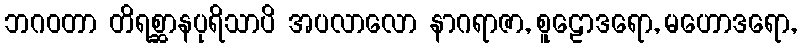
ဘဂဝတာ တိရစ္ဆာနပုရိသာပိ အပလာလော နာဂရာဇာ, စူဠောဒရော, မဟောဒရော,